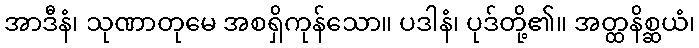
အာဒီနံ၊ သုဏာတုမေ အစရှိကုန်သော။ ပဒါနံ၊ ပုဒ်တို့၏။ အတ္ထနိစ္ဆယံ၊